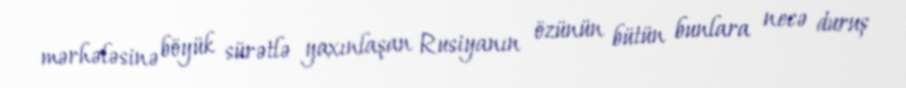
mərhələsinə böyük sürətlə yaxınlaşan Rusiyanın özünün bütün bunlara necə duruş